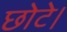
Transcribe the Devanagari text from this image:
छोटे।